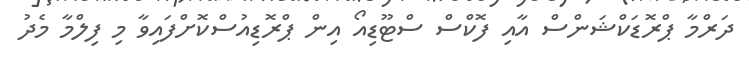
ދަރްމާ ޕްރޮޑަކްޝަންސް އާއި ފޮކްސް ސްޓޫޑިއޯ އިން ޕްރޮޑިއުސްކޮށްފައިވާ މި ފިލްމާ މެދު